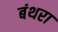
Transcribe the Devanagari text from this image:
बंथरा